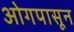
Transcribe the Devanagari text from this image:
ओगपासून